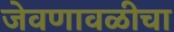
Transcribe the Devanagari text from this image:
जेवणावळीचा